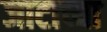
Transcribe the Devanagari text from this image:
जाटाच्या